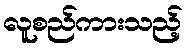
လူစည်ကားသည့်